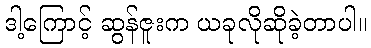
ဒါ့ကြောင့် ဆွန်ဇူးက ယခုလိုဆိုခဲ့တာပါ။